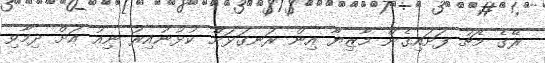
ރޭގެ މެޗު ފަށައިގެން މާޒިޔާ އިން ރަނގަޅަށް ކުޅުނުއިރު ނިއު އަށް ދިމާވި